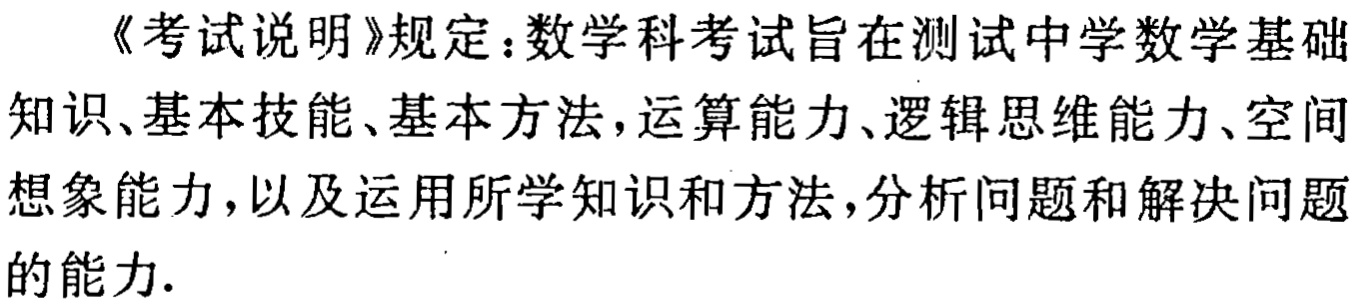
《考试说明》规定：数学科考试旨在测试中学数学基础知识、基本技能、基本方法，运算能力、逻辑思维能力、空间想象能力，以及运用所学知识和方法，分析问题和解决问题的能力.